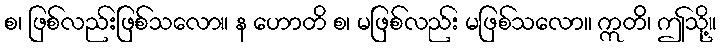
စ၊ ဖြစ်လည်းဖြစ်သလော။ န ဟောတိ စ၊ မဖြစ်လည်း မဖြစ်သလော။ ဣတိ၊ ဤသို့။